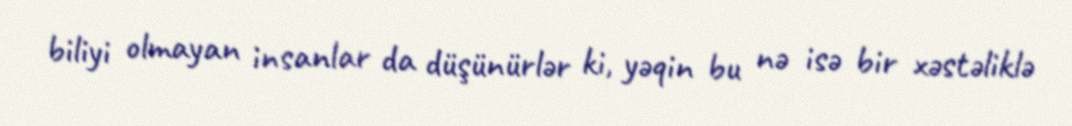
biliyi olmayan insanlar da düşünürlər ki, yəqin bu nə isə bir xəstəliklə